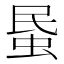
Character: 𧊈